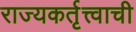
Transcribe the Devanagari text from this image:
राज्यकर्तृत्त्वाची